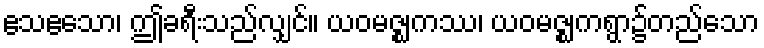
ဧသဧသော၊ ဤခရီးသည်လျှင်။ ယဝမဇ္ဈကဿ၊ ယဝမဇ္ဈကရွာ၌တည်သော